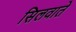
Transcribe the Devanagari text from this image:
सिलवाते